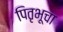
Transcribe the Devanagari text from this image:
पितृभूचा